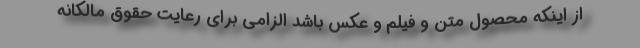
از اینکه محصول متن و فیلم و عکس باشد الزامی برای رعایت حقوق مالکانه